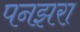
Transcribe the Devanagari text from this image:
पनझरा